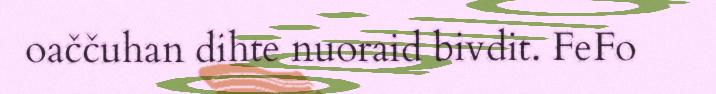
oaččuhan dihte nuoraid bivdit. FeFo